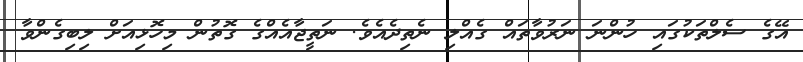
އޭގެ ސެލްތަކުގައި ހުންނަ ނަރުވާތައް ގެއްލި ނެތިދެއެވެ. ނަތީޖާއެއްގެ ގޮތުން މިހޮޅިއަށް ލިބިގެންވާ